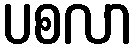
ပစလာ